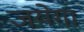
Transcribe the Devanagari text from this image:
जयेगा